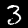
Label: 3